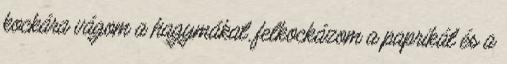
kockára vágom a hagymákat, felkockázom a paprikát és a